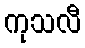
ကုသလီ